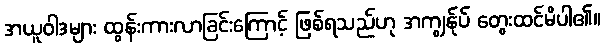
အယူဝါဒများ ထွန်းကားလာခြင်းကြောင့် ဖြစ်ရသည်ဟု အကျွန်ုပ် တွေးထင်မိပါ၏။